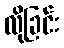
လိုခြင်း